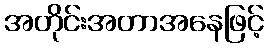
အတိုင်းအတာအနေဖြင့်